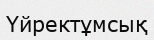
Үйректұмсық